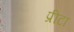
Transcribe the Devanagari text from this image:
प्रीटा